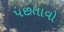
પછતાવો